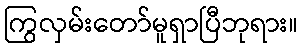
ကြွလှမ်းတော်မူရှာပြီဘုရား။